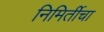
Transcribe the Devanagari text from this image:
निमिर्तीचा